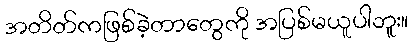
အတိတ်ကဖြစ်ခဲ့တာတွေကို အပြစ်မယူပါဘူး။